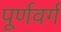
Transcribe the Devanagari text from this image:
पूर्णवर्ग